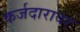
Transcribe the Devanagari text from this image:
कर्जदारावर